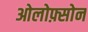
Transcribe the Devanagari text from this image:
ओलोफ़्सोन